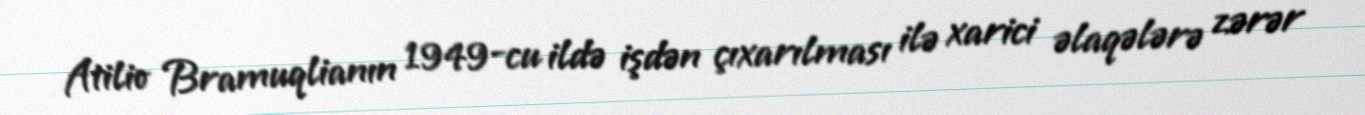
Atilio Bramuqlianın 1949-cu ildə işdən çıxarılması ilə xarici əlaqələrə zərər